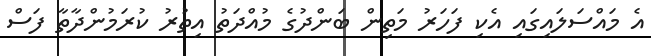
އެ މައްސަލައިގައި އެކި ފަހަރު މަތިން ބަންދުގެ މުއްދަތު އިތުރު ކުރަމުންދާތާ ފަސް